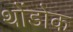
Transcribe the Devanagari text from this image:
थोंडोक